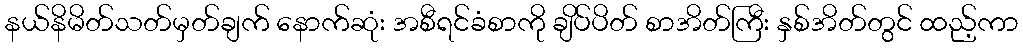
နယ်နိမိတ်သတ်မှတ်ချက် နောက်ဆုံး အစီရင်ခံစာကို ချိပ်ပိတ် စာအိတ်ကြီး နှစ်အိတ်တွင် ထည့်ကာ